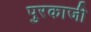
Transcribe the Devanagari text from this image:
पुरकाजी